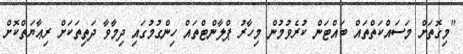
"މިގޮތަށް މަސައްކަތްތައް ބައްޓަން ކުރެވުމުން މިހާރު ޕްލާންޓްތައް ހިންގުމުގައި ދިމާވާ ދަތިތަކަށް ރިޢާޔަތްކޮށް